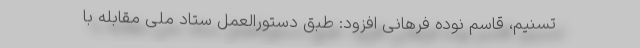
تسنیم، قاسم نوده فرهانی افزود: طبق دستورالعمل ستاد ملی مقابله با